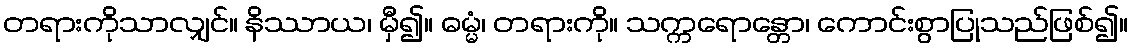
တရားကိုသာလျှင်။ နိဿာယ၊ မှီ၍။ ဓမ္မံ၊ တရားကို။ သက္ကရောန္တော၊ ကောင်းစွာပြုသည်ဖြစ်၍။